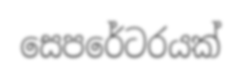
සෙපරේටරයක්